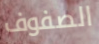
الصفوف